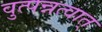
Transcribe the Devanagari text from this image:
वुत्पन्नत्वात्